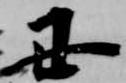
丑